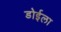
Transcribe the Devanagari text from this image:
डोईला